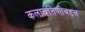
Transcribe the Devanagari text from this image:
कलावंतिणीबद्दल